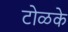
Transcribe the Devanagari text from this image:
टोळके